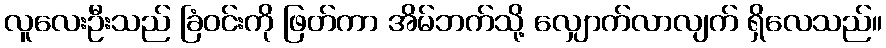
လူလေးဦးသည် ခြံဝင်းကို ဖြတ်ကာ အိမ်ဘက်သို့ လျှောက်လာလျက် ရှိလေသည်။